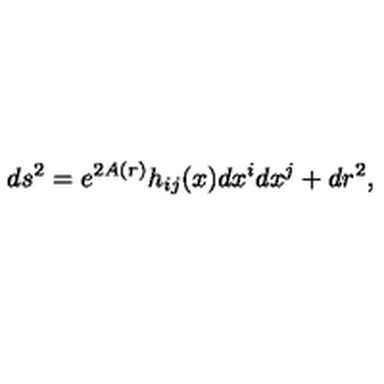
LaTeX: d s ^ { 2 } = e ^ { 2 A ( r ) } h _ { i j } ( x ) d x ^ { i } d x ^ { j } + d r ^ { 2 } ,